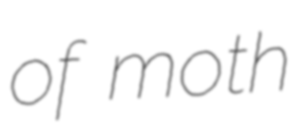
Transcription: of moth